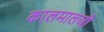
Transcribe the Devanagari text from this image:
कालमालजी